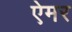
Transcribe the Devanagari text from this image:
ऐमर